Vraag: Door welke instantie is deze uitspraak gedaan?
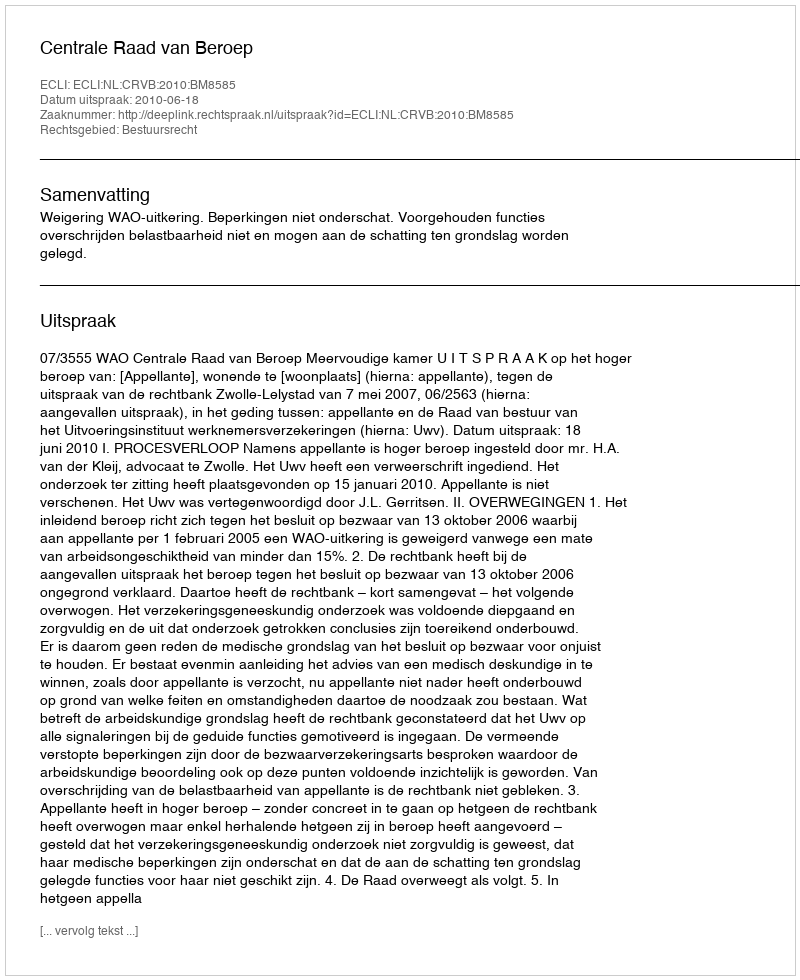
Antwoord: Centrale Raad van Beroep